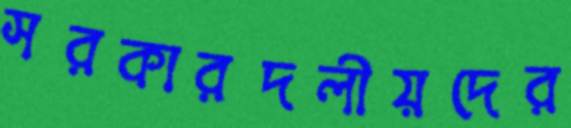
সরকারদলীয়দের